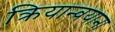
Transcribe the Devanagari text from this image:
क्रियान्वयाना